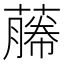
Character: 𬞡